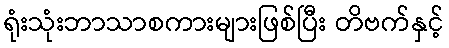
ရုံးသုံးဘာသာစကားများဖြစ်ပြီး တိဗက်နှင့်